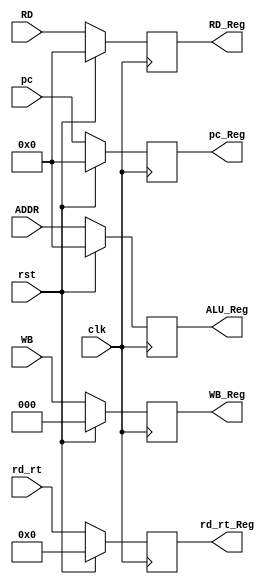
module MEM_WB( clk, rst, WB, rd_rt, RD, pc, ADDR, WB_Reg, rd_rt_Reg, RD_Reg, pc_Reg, ALU_Reg );

	input clk, rst;
	input [2:0] WB;
	input [4:0] rd_rt ;
	input [31:0] RD, pc, ADDR;

	output reg [2:0] WB_Reg;
	output reg [4:0] rd_rt_Reg;
	output reg [31:0] RD_Reg, pc_Reg, ALU_Reg;

	always@( posedge clk )
	begin
		if ( rst )
		begin
			WB_Reg <= 0;
			RD_Reg <= 0;
			pc_Reg <= 0;
			ALU_Reg <= 0;
			rd_rt_Reg <= 0;
		end
		else
		begin
			WB_Reg <= WB;
			RD_Reg <= RD;
			pc_Reg <= pc;
			ALU_Reg <= ADDR;
			rd_rt_Reg <= rd_rt ;		
		end
	end

endmodule